NAE_ERA_R-1665_Eesti_Kunstnike_Liit, lk 22
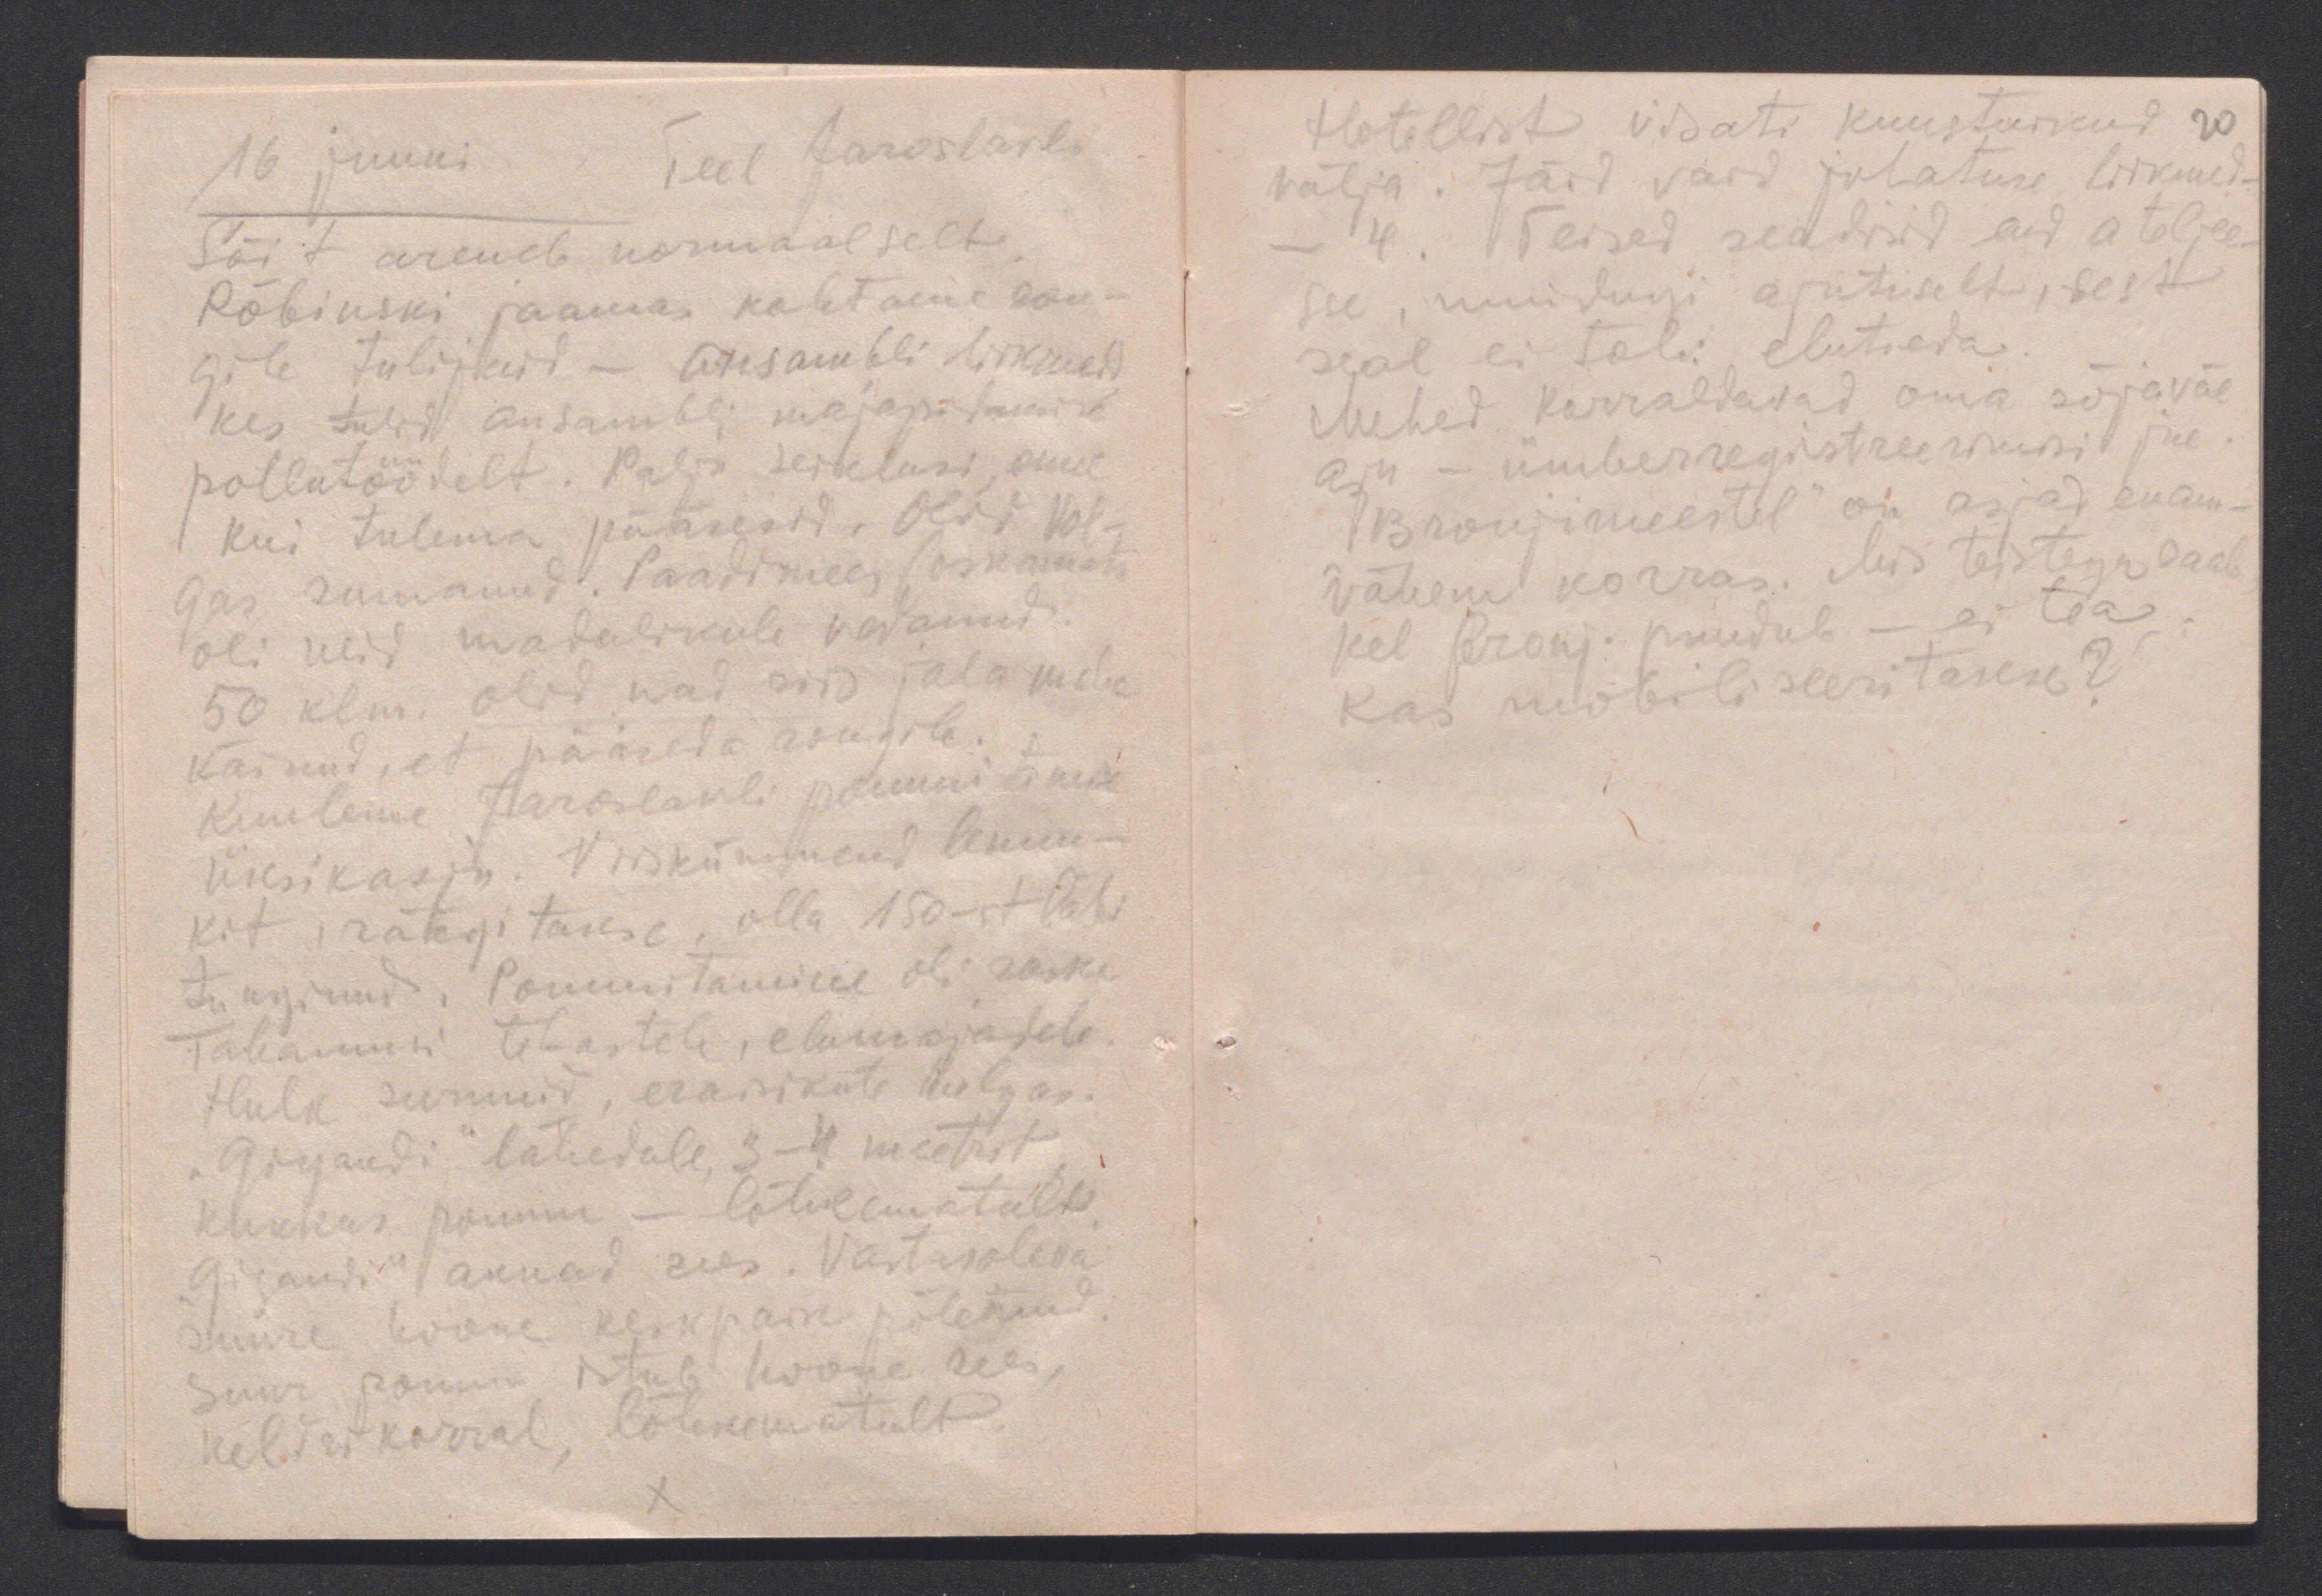
16 juuni. Teel Jaroslavli
Sõit areneb normaalselt.
Rõbinski jaamas kohtame ron-
gile tulijaid - ansambli liikmeid
kes tulid ansambli majapidamise
põllutöödelt. Palju seiklusi, enne
kui tulema pääsesid. Olid Vol-
gas sumanud. Paadimees (oskamatu
oli neid madalikule vedanud.
50 klm. olid nad siis jala maha
käinud, et pääseda rongile.
Kuuleme Jaroslavli pommitamise
üksikasju. Viiskümmend lennu-
kit, räägitakse, olla 150-st läbi
tunginud. Pommitamine oli raske.
Tabamusi tehastele, elumajadele.
Hulk surnuid, eraisikute hulgas.
"Gigandi" lähedale, 3-4 meetrit,
kukkas pomm - lõhkematult.
"Gigandi" aknad sees. Vastasoleva
suure hoone keskpaik põlenud.
Suur pomm istub hoone sees,
keldrikorral, lõhkematult.

Hotellist visati kunstnikud 20
välja. Jäid vaid juhatuse liikmed -
4. Teised seadsid end ateljee-
sse, muidugi ajutiselt, sest
seal ei tohi elutseda.
Mehed korraldavad oma sõjaväe
asju - ümberregistreerimisi jne.
Bronjimeestel" on asjad enam-
vähem korras. Mis teistega saab
kel Bronj. puudub - ei tea.
Kas mobiliseeritakse?